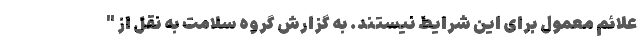
علائم معمول برای این شرایط نیستند. به گزارش گروه سلامت به نقل از "